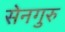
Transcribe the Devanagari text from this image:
सेनगुरु